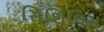
સિશિલિસ